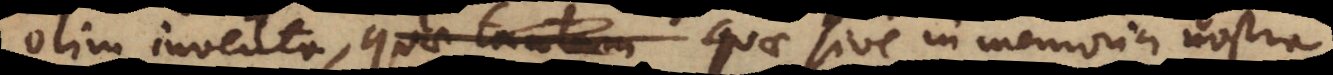
olim inventa, quae tantum quae sive in memoria nostra,